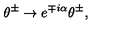
\theta ^ { \pm } \rightarrow e ^ { \mp i \alpha } \theta ^ { \pm } , \quad